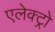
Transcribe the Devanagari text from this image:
एलेक्ट्रो